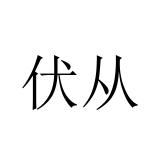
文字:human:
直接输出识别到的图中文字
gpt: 伏从